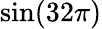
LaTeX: \sin(32\pi)